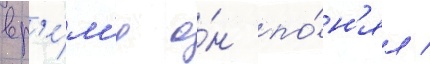
вр'е́м'я о́н по́н'ял /